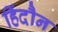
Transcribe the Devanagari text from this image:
हिंदौन